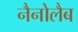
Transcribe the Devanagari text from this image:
नैनोलैब